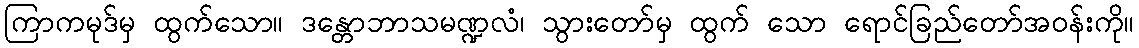
ကြာကမုဒ်မှ ထွက်သော။ ဒန္တောဘာသမဏ္ဍလံ၊ သွားတော်မှ ထွက် သော ရောင်ခြည်တော်အဝန်းကို။